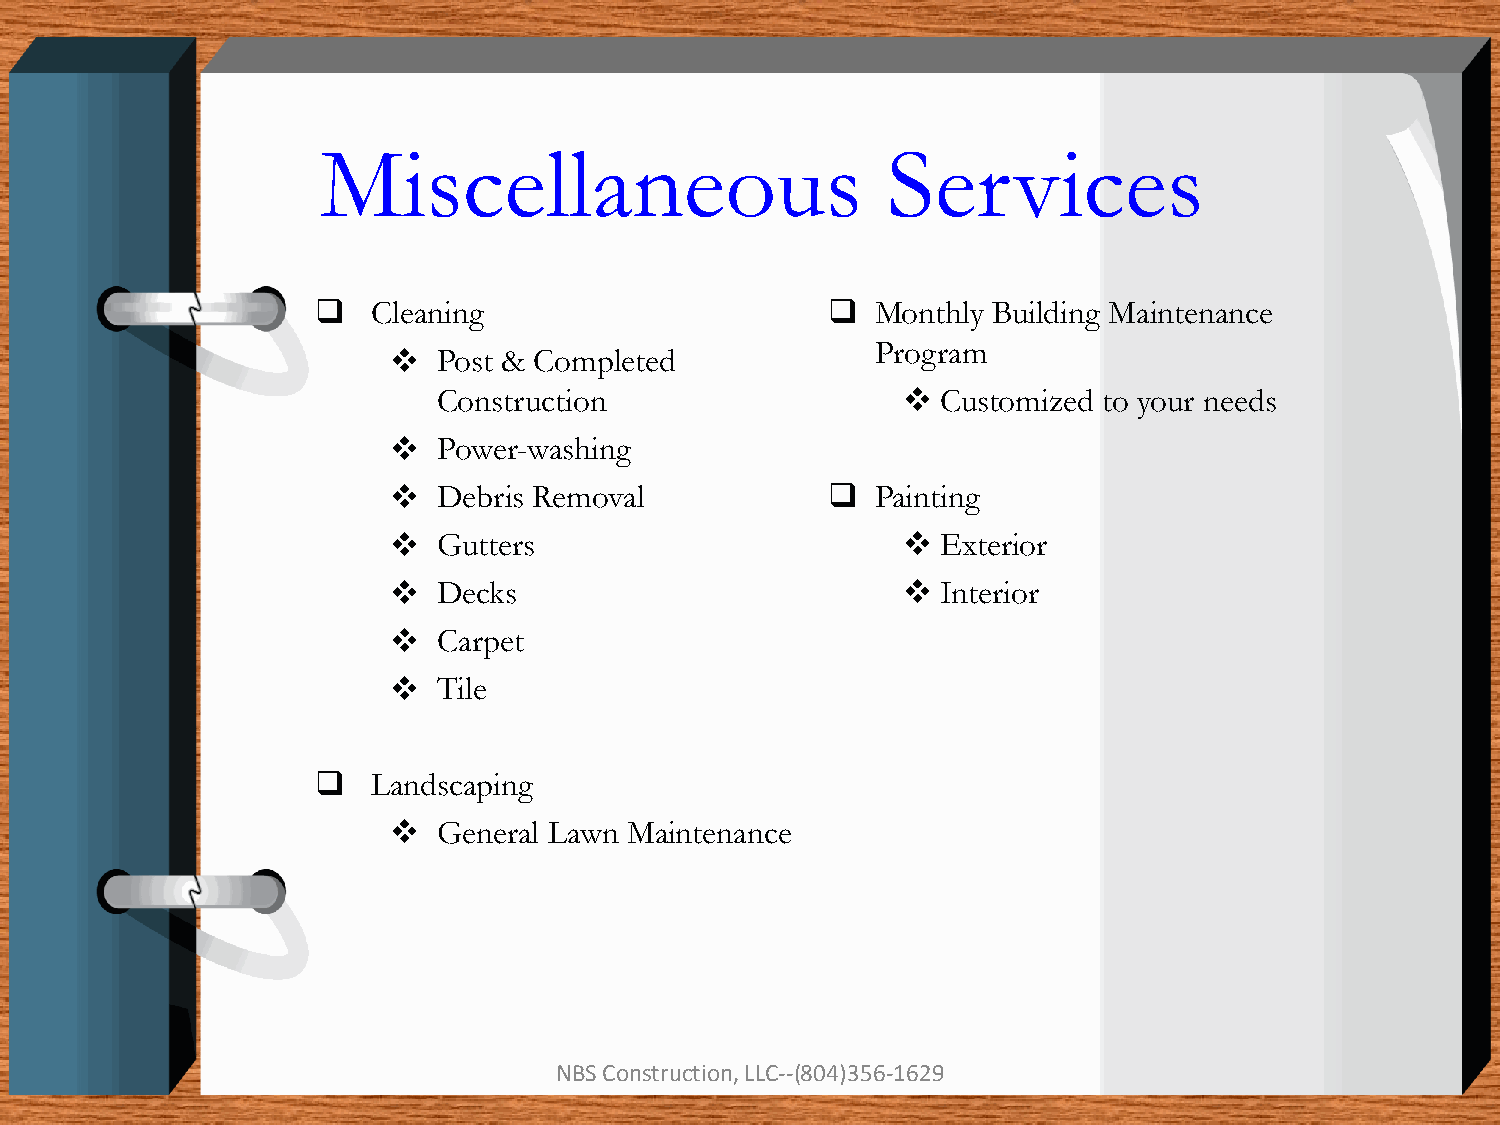
Miscellaneous                         Services
    Cleaning                        Monthly Building Maintenance
 Program
   Post & Completed
 Construction                    Customized to your needs
   Power-washing
   Debris Removal              Painting
   Gutters                         Exterior
   Decks                           Interior
   Carpet
   Tile
    Landscaping
   General Lawn Maintenance
 NBS Construction, LLC--(804)356-1629